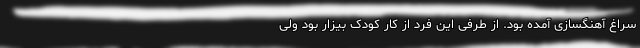
سراغ آهنگسازی آمده‌ بود. از طرفی این فرد از کار کودک بیزار بود ولی